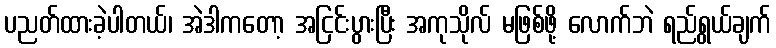
ပညတ်ထားခဲ့ပါတယ်၊ အဲဒါကတော့ အငြင်းပွားပြီး အကုသိုလ် မဖြစ်ဖို့ လောက်ဘဲ ရည်ရွယ်ချက်